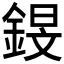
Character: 𰼸